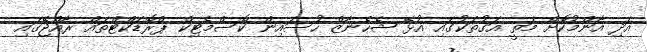
އަދި އާންމުކޮށް މަތީ އަގުތަކުގައި އުޅޭ ޝެހެނާޒް ހުސައިން ކޮސްމެޓިކް ޕްރޮޑަކްޓްތައް ރާއްޖޭގައި